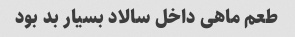
طعم ماهی داخل سالاد بسیار بد بود